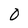
Character: 0